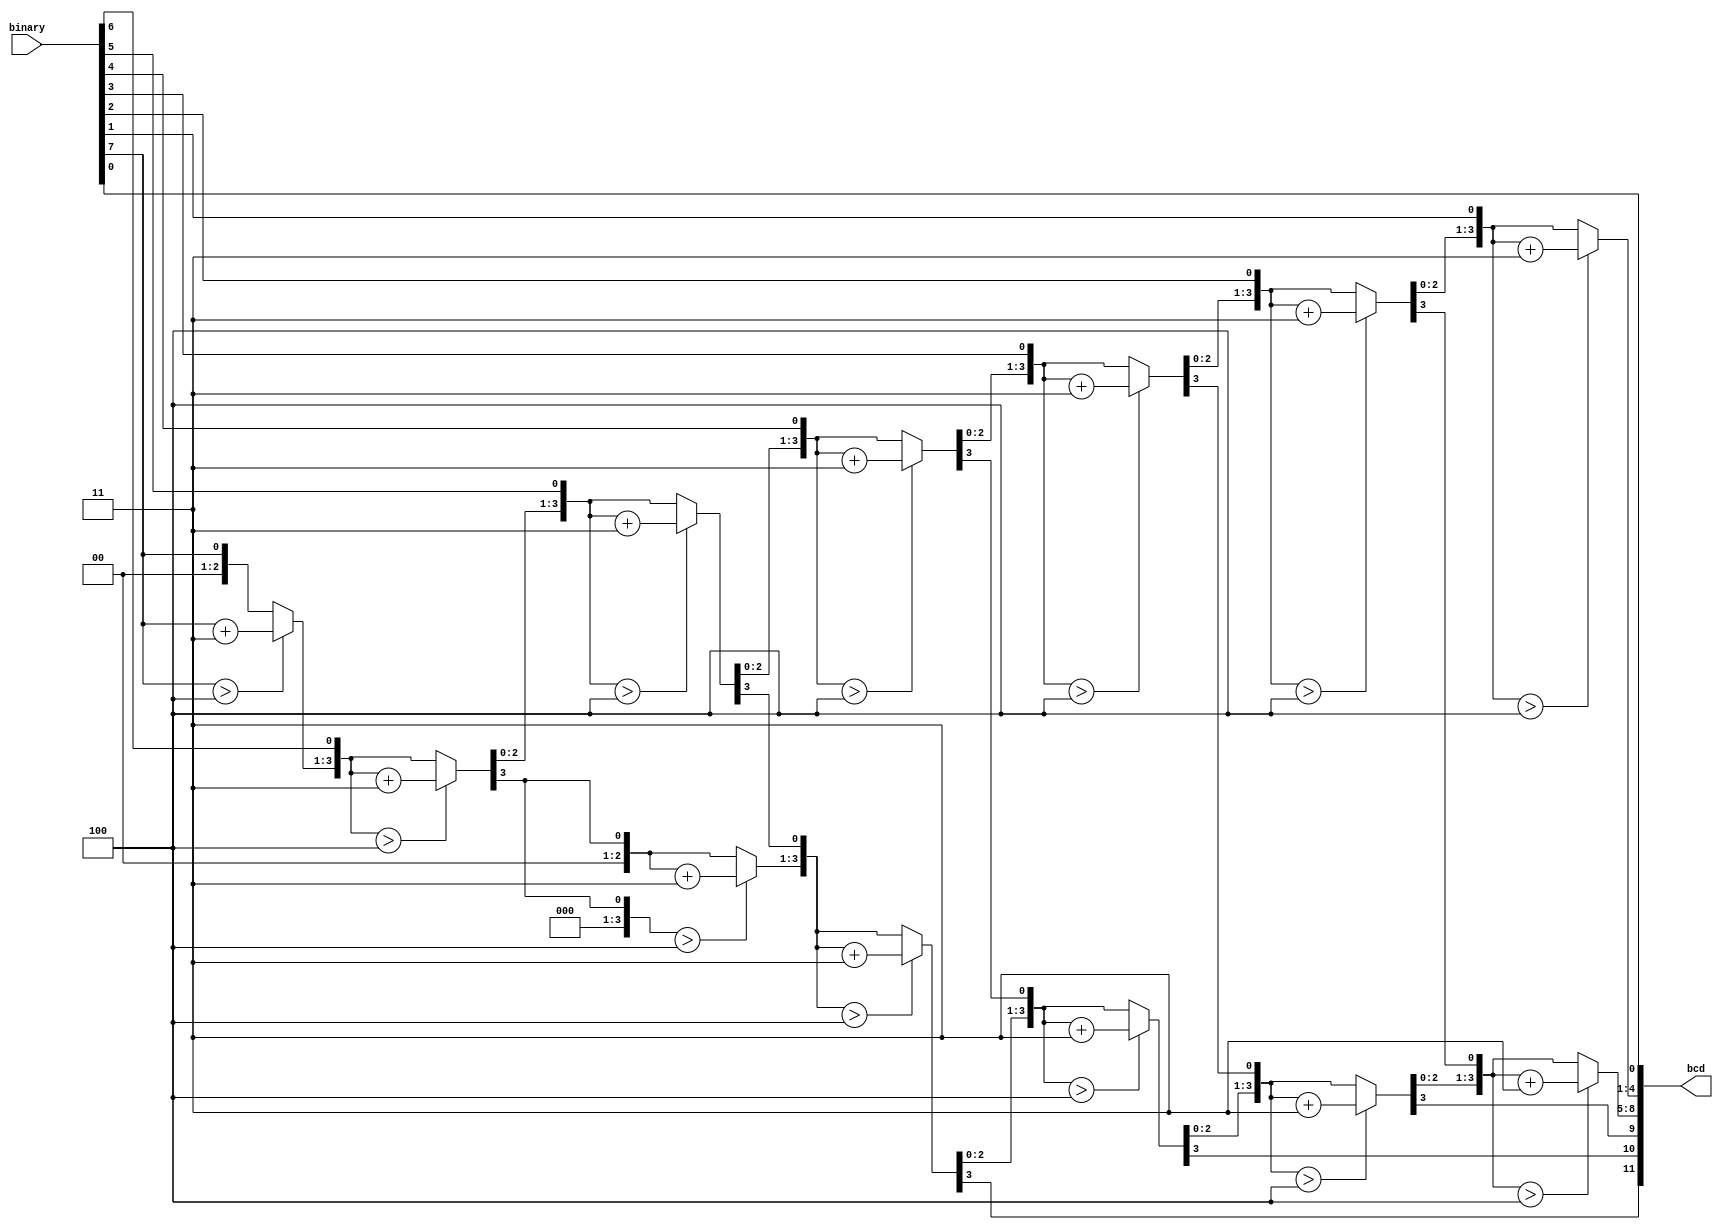
module BinarytoBCD (
    input [7:0] binary,
    output [11:0] bcd
);

reg [3:0] units;
reg [3:0] tens;
reg [3:0] hundreds;


integer i;

always@* begin
  units = 0;
  tens = 0;
  hundreds = 0;
    for (i = 0; i < 8; i = i + 1) begin

        if (units[3:0] > 4) units = units + 3;
        if (tens[3:0] > 4) tens = tens + 3;

        hundreds ={ hundreds[2:0],tens[3]};
        tens = {tens[2:0],units[3]};
        units = {units[2:0],binary[7-i]};

    end
end

assign bcd = {hundreds[3:0], tens[3:0], units[3:0]};

endmodule